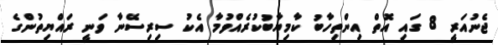
ޖެނުއަރީ 8 ގައި އޮތް އިންތިހާބު ކާމިޔާބުކުރެއްވުމާ އެކު ސިރިސޭނާ ވަނީ ރައްޔިތުންގެ